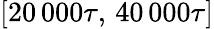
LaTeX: [20\, 000\tau,\, 40\, 000\tau]